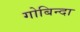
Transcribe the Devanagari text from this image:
गोबिन्दा